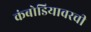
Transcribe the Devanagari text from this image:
कंबोडियावरची